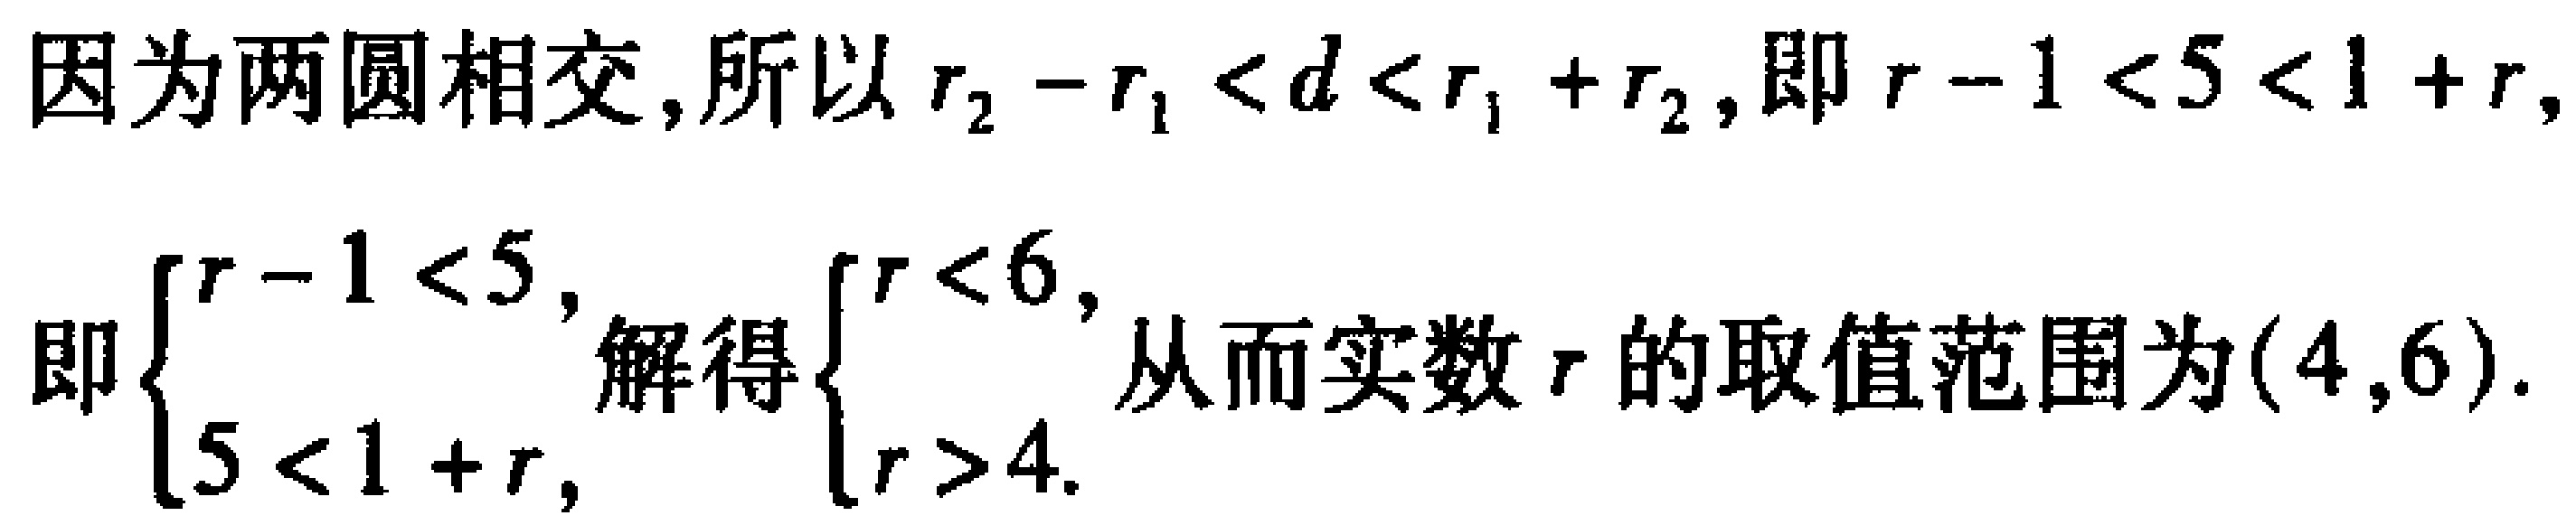
因为两圆相交,所以\(r_{2}-r_{1}<d<r_{1}+r_{2}\),即\(r - 1<5<1 + r\),
即\(\begin{cases}r - 1<5,\\5<1 + r,\end{cases}\)解得\(\begin{cases}r<6,\\r>4.\end{cases}\)从而实数\(r\)的取值范围为\((4,6)\).